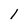
Character: 1